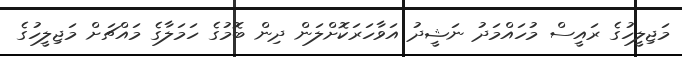
މަޖިލީހުގެ ރައީސް މުހައްމަދު ނަޝީދު އަވާހަރަކޮށްލަން ދިން ބޮމުގެ ހަމަލާގެ މައްޗަށް މަޖިލީހުގެ